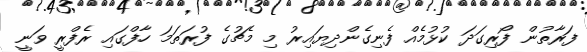
ފަރާތުން ފޯރިގަދަ ކުޅުމެއް ފެނިގެންދިޔައިރު މި މެޗުގެ ފުރަތަމަ ހާފްގައި ރެފްރީ ވަނީ